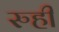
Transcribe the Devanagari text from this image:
रुही